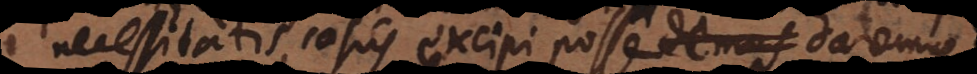
necessitatis casus excipi posse demus daremus,